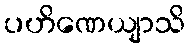
ပဟိဏေယျာသိ